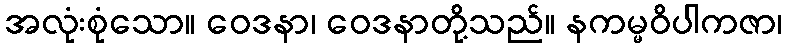
အလုံးစုံသော။ ဝေဒနာ၊ ဝေဒနာတို့သည်။ နကမ္မဝိပါကဇာ၊